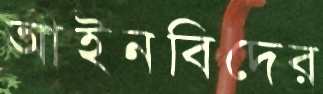
আইনবিদের